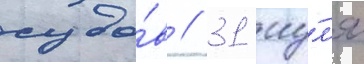
судо́в // 31 иу́л'я